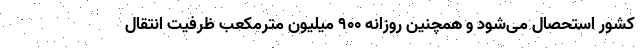
کشور استحصال می‌شود و همچنین روزانه ۹۰۰ میلیون مترمکعب ظرفیت انتقال